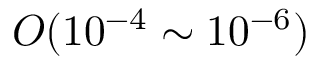
O ( 1 0 ^ { - 4 } \sim 1 0 ^ { - 6 } )